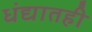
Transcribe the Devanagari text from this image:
धंद्यातही